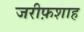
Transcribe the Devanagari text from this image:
जरीफ़शाह